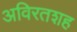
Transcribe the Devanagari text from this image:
अविरतशह